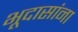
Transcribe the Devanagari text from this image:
भूदासांना